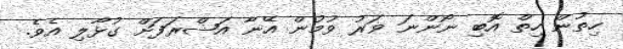
ހިތުން ހިތް އޮބި ނޯންނަ ވަރު ވުމުން އޭނާ އަޝްރަފަށް ގުޅާލި އެވެ.